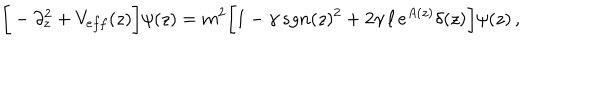
\bigg [ - \partial _ { z } ^ { 2 } + V _ { e f f } ( z ) \bigg ] \psi ( z ) = m ^ { 2 } \bigg [ 1 - \gamma \, s g n ( z ) ^ { 2 } + 2 \gamma \, \ell \, e ^ { A ( z ) } \delta ( z ) \bigg ] \psi ( z ) \, ,